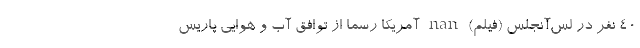
۴۰ نفر در لس‌آنجلس (فیلم) nan آمریکا رسماً از توافق آب و هوایی پاریس